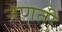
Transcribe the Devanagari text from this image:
नेणती